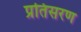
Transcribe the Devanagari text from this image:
प्रतिसरण